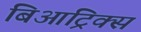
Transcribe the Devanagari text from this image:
बिआट्रिक्स